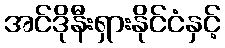
အင်ဒိုနီးရှားနိုင်ငံနှင့်